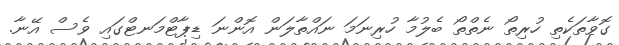
ގޮވާތަކެތި ހުރިތޯ ނެތްތޯ ބެލުމާ ހުރިނަމަ ނައްތާލަން އޮންނަ ޑިޕާޓްމަނޓްގައި ވެސް އޭނާ.